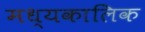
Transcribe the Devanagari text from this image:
मध्यकालिक